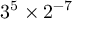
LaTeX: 3 ^ { 5 } \times 2 ^ { - 7 }